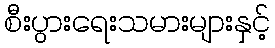
စီးပွားရေးသမားများနှင့်